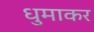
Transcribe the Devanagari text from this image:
धुमाकर